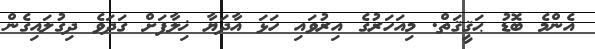
އެންމެ ބޮޑު ޙަޤީޤަތް. މިއަހަރުގެ އިރުވައި ހަޅަ އާދަޔާ ޚިލާފަށް ގަދަވެ ދިގުލައިގެން